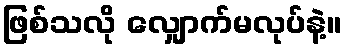
ဖြစ်သလို လျှောက်မလုပ်နဲ့။